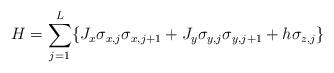
LaTeX: \begin{align*}H= \sum_{j=1}^{L} \{ J_{x} \sigma_{x,j}\sigma_{x,j+1} + J_{y} \sigma_{y,j}\sigma_{y,j+1} + h \sigma_{z,j} \} \\\end{align*}